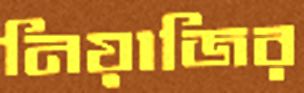
নিয়াজির